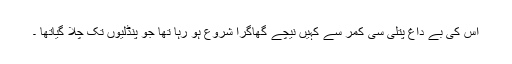
اس کی بے داغ پتلی سی کمر سے کہیں نیچے گھاگرا شروع ہو رہا تھا جو پنڈلیوں تک چلا گیاتھا ۔